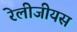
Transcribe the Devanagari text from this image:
रेलीजीयस